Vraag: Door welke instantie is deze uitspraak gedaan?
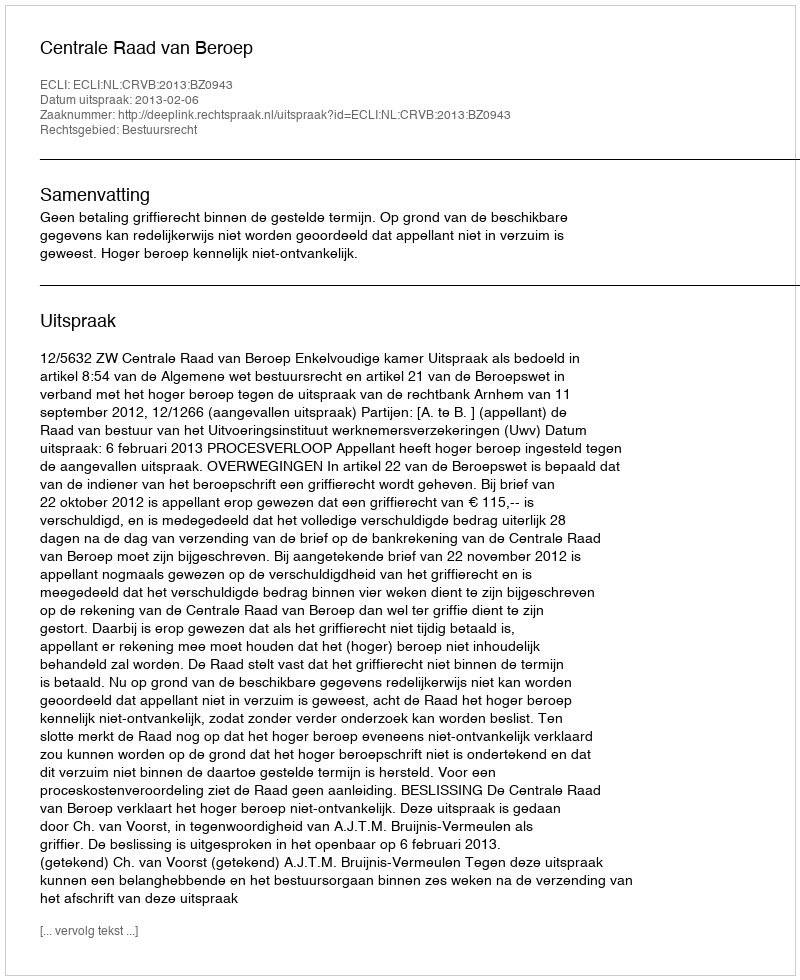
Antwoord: Centrale Raad van Beroep